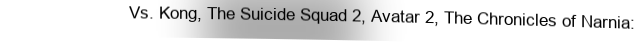
Vs. Kong, The Suicide Squad 2, Avatar 2, The Chronicles of Narnia: